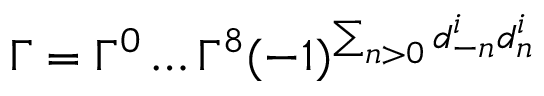
\Gamma = \Gamma ^ { 0 } \ldots \Gamma ^ { 8 } ( - 1 ) ^ { \sum _ { n > 0 } d _ { - n } ^ { i } d _ { n } ^ { i } }